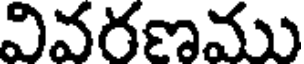
వివరణము